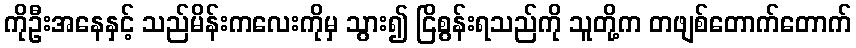
ကိုဦးအနေနှင့် သည်မိန်းကလေးကိုမှ သွား၍ ငြိစွန်းရသည်ကို သူတို့က တဖျစ်တောက်တောက်